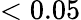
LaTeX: <0.05